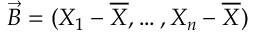
{ \vec { B } } = ( X _ { 1 } - { \overline { { X } } } , \ldots , X _ { n } - { \overline { { X } } } )